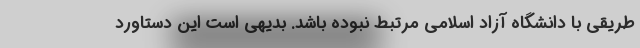
طریقی با دانشگاه آزاد اسلامی مرتبط نبوده باشد. بدیهی است این دستاورد